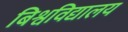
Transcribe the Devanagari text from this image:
बिश्वविद्यालय